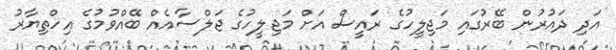
އަދި ދައުރުން ބޭރުގައި މަޖިލީހުގެ ރައީސް އަށް މަޖިލީހުގެ ޖަލްސާއެއް ބޭއްވުމުގެ އިހްތިޔާރު